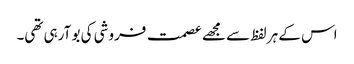
اس کے ہر لفظ سے مجھے عصمت فروشی کی بو آرہی تھی۔